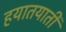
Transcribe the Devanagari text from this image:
हयातयाती